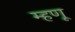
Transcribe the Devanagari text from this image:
म्‍हणू